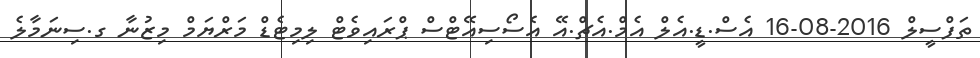
ތަފްސީލް 2016-08-16 އެސް.ޑީ.އެލް އެމް.އެޗް.އޭ އެސޯސިއޭޓްސް ޕްރައިވެޓް ލިމިޓެޑް މަރްޔަމް މިޒުނާ ގ.ސިނަމާލެ